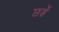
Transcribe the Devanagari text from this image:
छडें